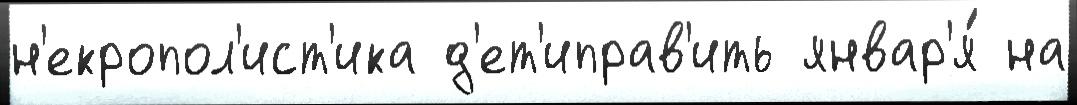
н'екропол'ист'ика д'ет'иправ'ить январ'я́ на